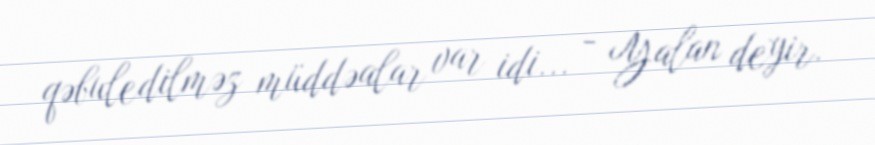
qəbuledilməz müddəalar var idi... - Yalan deyir.